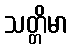
သတ္တိမာ